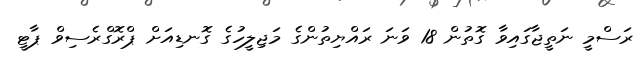
ރަސްމީ ނަތީޖާގައިވާ ގޮތުން 18 ވަނަ ރައްޔިތުންގެ މަޖިލީހުގެ ގޮނޑިއަށް ޕްރޮގްރެސިވް ޕާޓީ